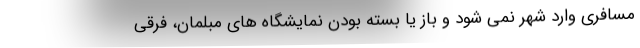
مسافری وارد شهر نمی شود و باز یا بسته بودن نمایشگاه های مبلمان، فرقی